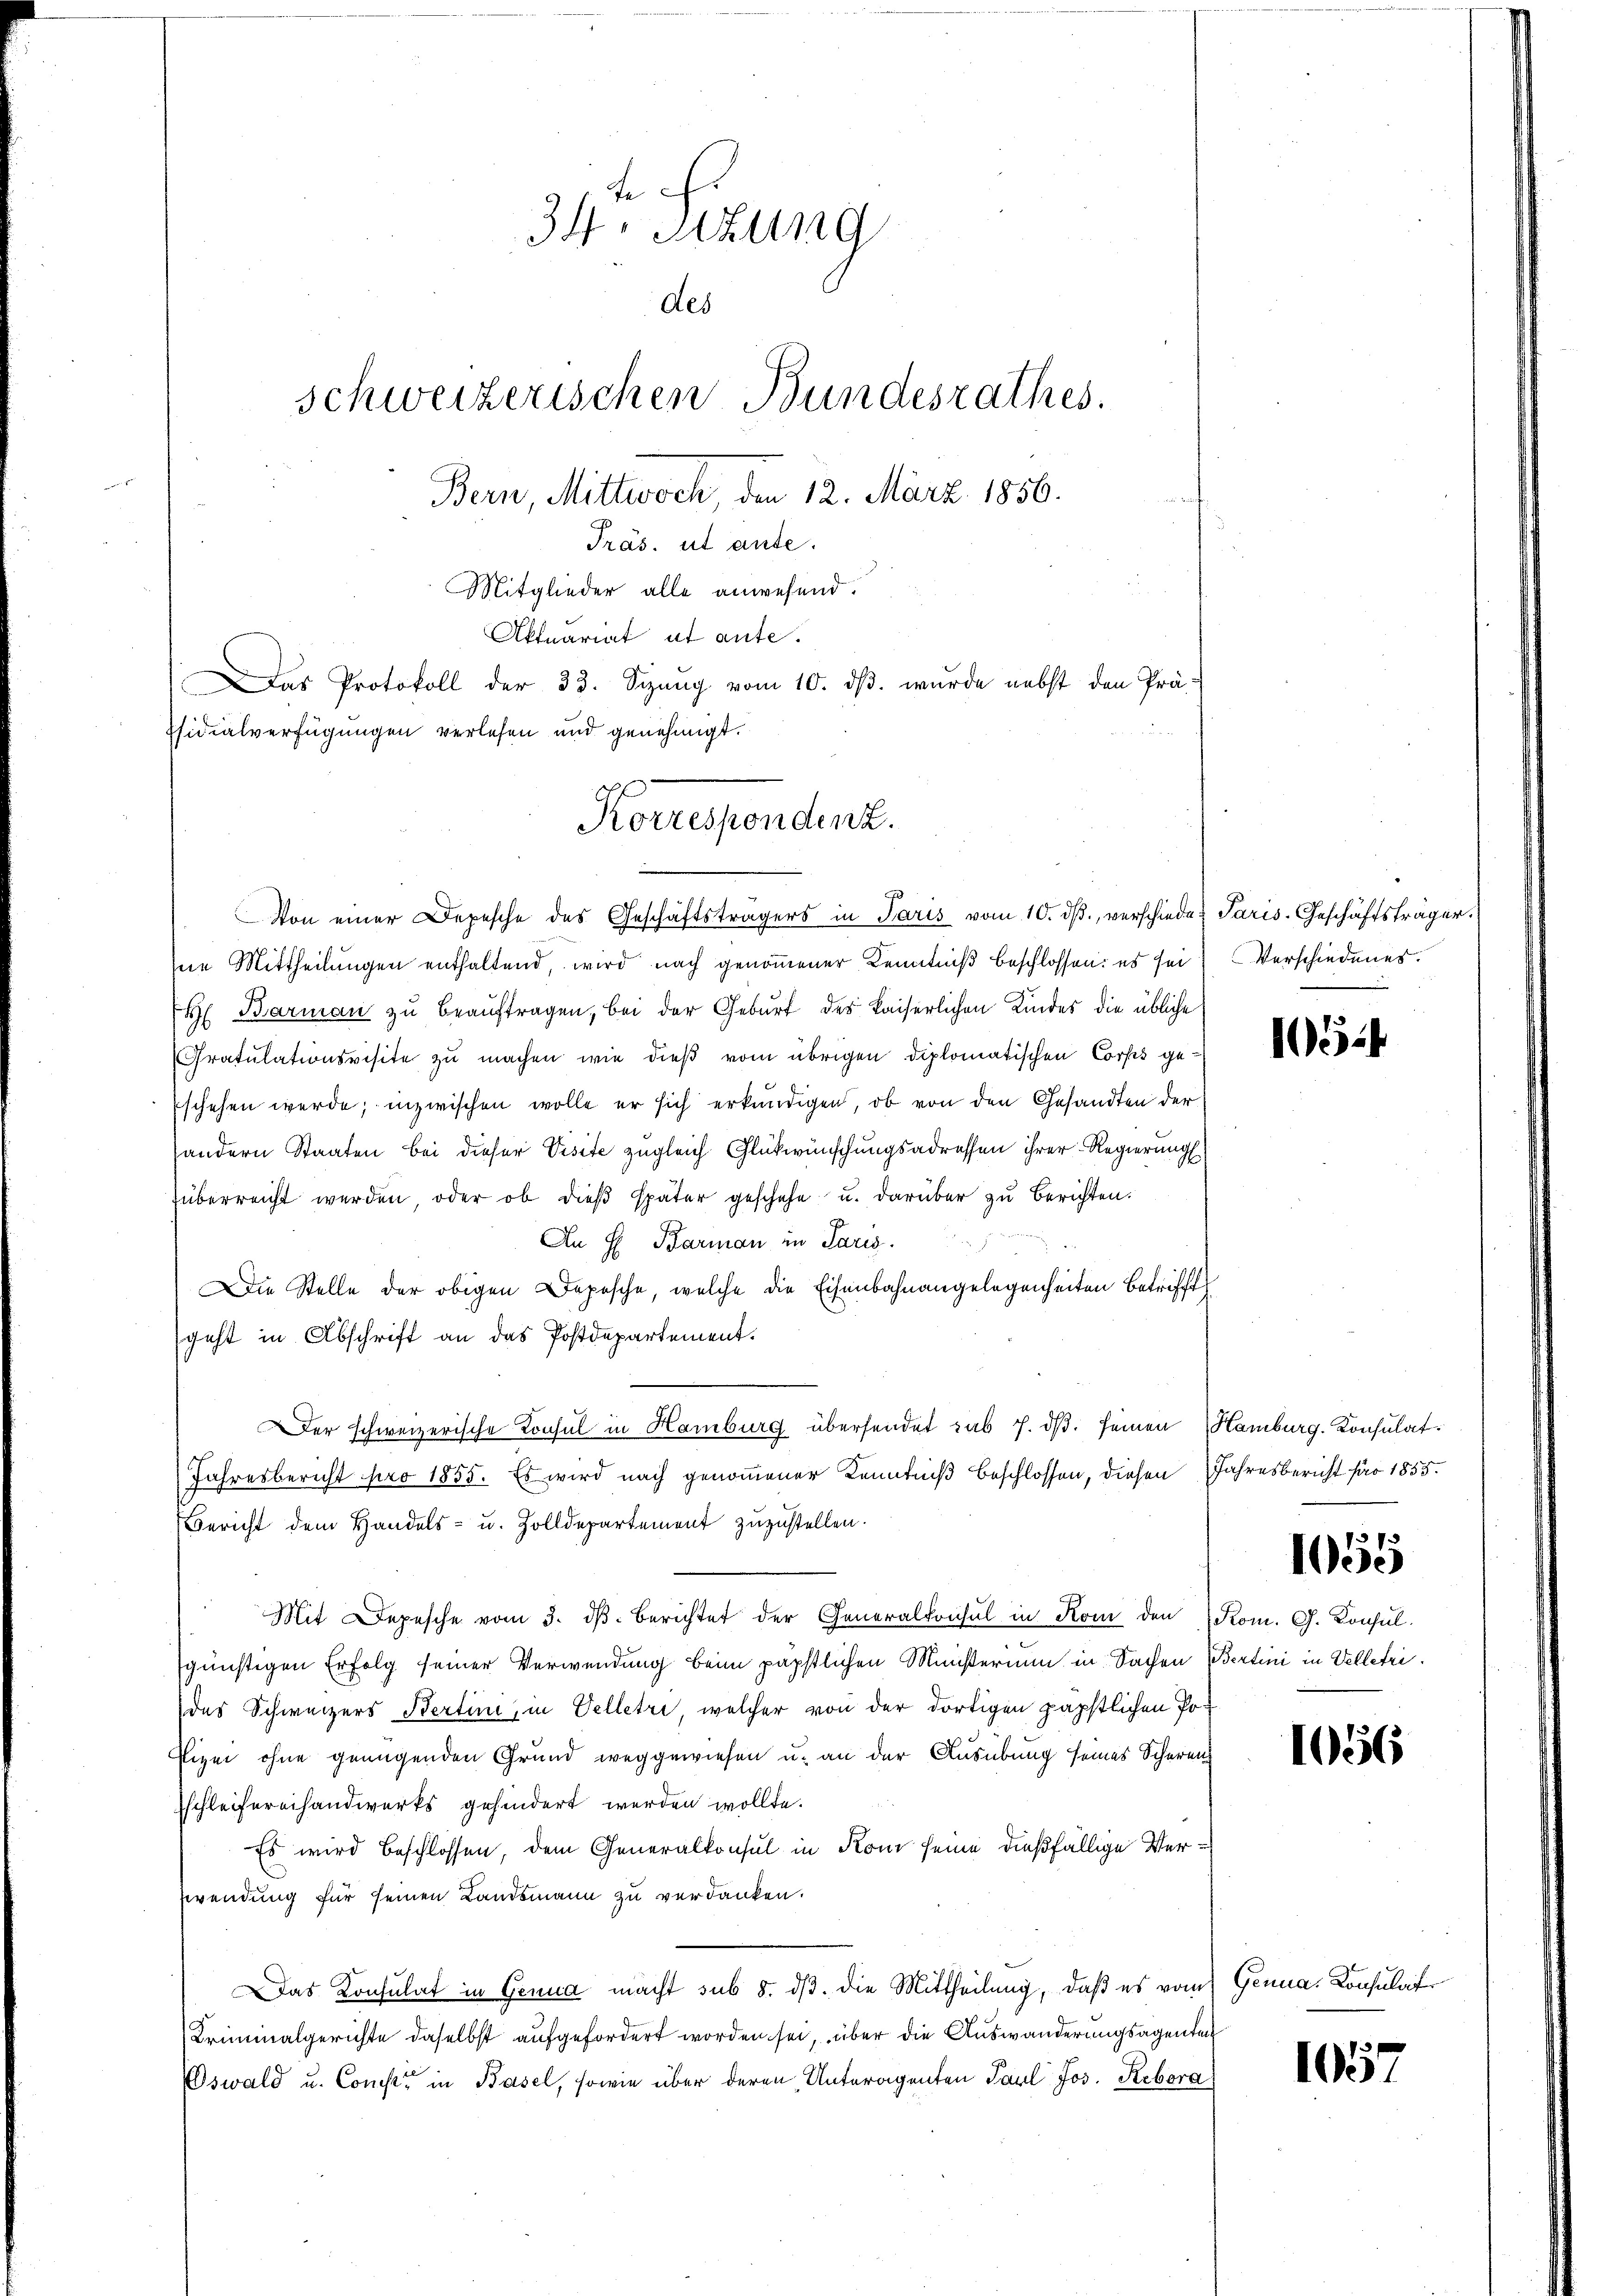
te
34. Sizung
des
schweizerischen Bundesrathes.
Bern, Mittwoch, den 12. März 1856.
Präs. ut ande.
Mitglieder alle anwesend.
Aktuariat et ante.
Das Protokoll der 33. Spang vom 10. dβ. wurde nebst den Präfsidialverfügungen verlesen und genehmigt.

Korrespendenz.

Von einer Depesche des Geschäftsträgers in Paris vom 10. dβ verschiede Paris-Geschäftsträger.
ne Mittheilungen enthaltend, wird nach genommener Kenntniß beschlossen: es sei Verschiedenes.
H Barman zu beauftragen, bei der Geburt des kaiserlichen Kindes die übliche
Gratulationsvisite zu machen wie dieß vom übrigen Diplomatischen Corps geschehen werde; inzwischen wolle er sich erkundigen, ob von den Gesandten der
andern Staaten bei dieser Visite zugleich Glückwünschungsadressen ihrer Regierung
rüberreicht werden, oder ob dies später geschehe u. darüber zu berichten.
An H. Barman in Paris.
Die Stelle der obigen Depesche, welche die Eisenbahnangelegenheiten Betrifft
geht in Abschrift an das Postdepartement.
Der schweizerische Konsul in Hamburg übersendet hab J. dβ. seinen Hamburg, Konsulat
Jahresbericht pro 1855. Es wird nach genommener Kenntniß beschlossen, diesen Jahresbericht für 1855.
Bericht dem Handels- u. Zolldepartement zuzustellen.
Mit Depesche vom 3. dβ berichtet der Generalkonsul in Rom den (Rom. G. Konsul
sgünstigen Erfolg seiner Verwendung beim päpstlichen Ministerium in Sachen Bertini in Velletri
des Schweizers Bertini, in Velletri, welcher von der dortigen päpstlichen Po¬
Eigen ohne genügenden Grund weggewiesen u. an der Ausübung seines Scheren
sschleifereihandwerks gehindert werden wollte.
Es wird beschlossen, dem Generalkonsul in Rom seine dießfällige Ver¬
Zwendung für seinen Landsmann zu verdanken.
Das Konsulat in Genua macht sub 5. dß. die Mittheilung, daß es vom Genua, Konsulater
Kriminalgerichte daselbst aufgefordert worden sei, über die Auswanderungsagente
Oswald u. Const in Basel, sowie über deren Unteragenten Paul Jos. Rebora

105

1655

156

1057